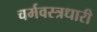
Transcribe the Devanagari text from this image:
चर्मवस्त्रधारी